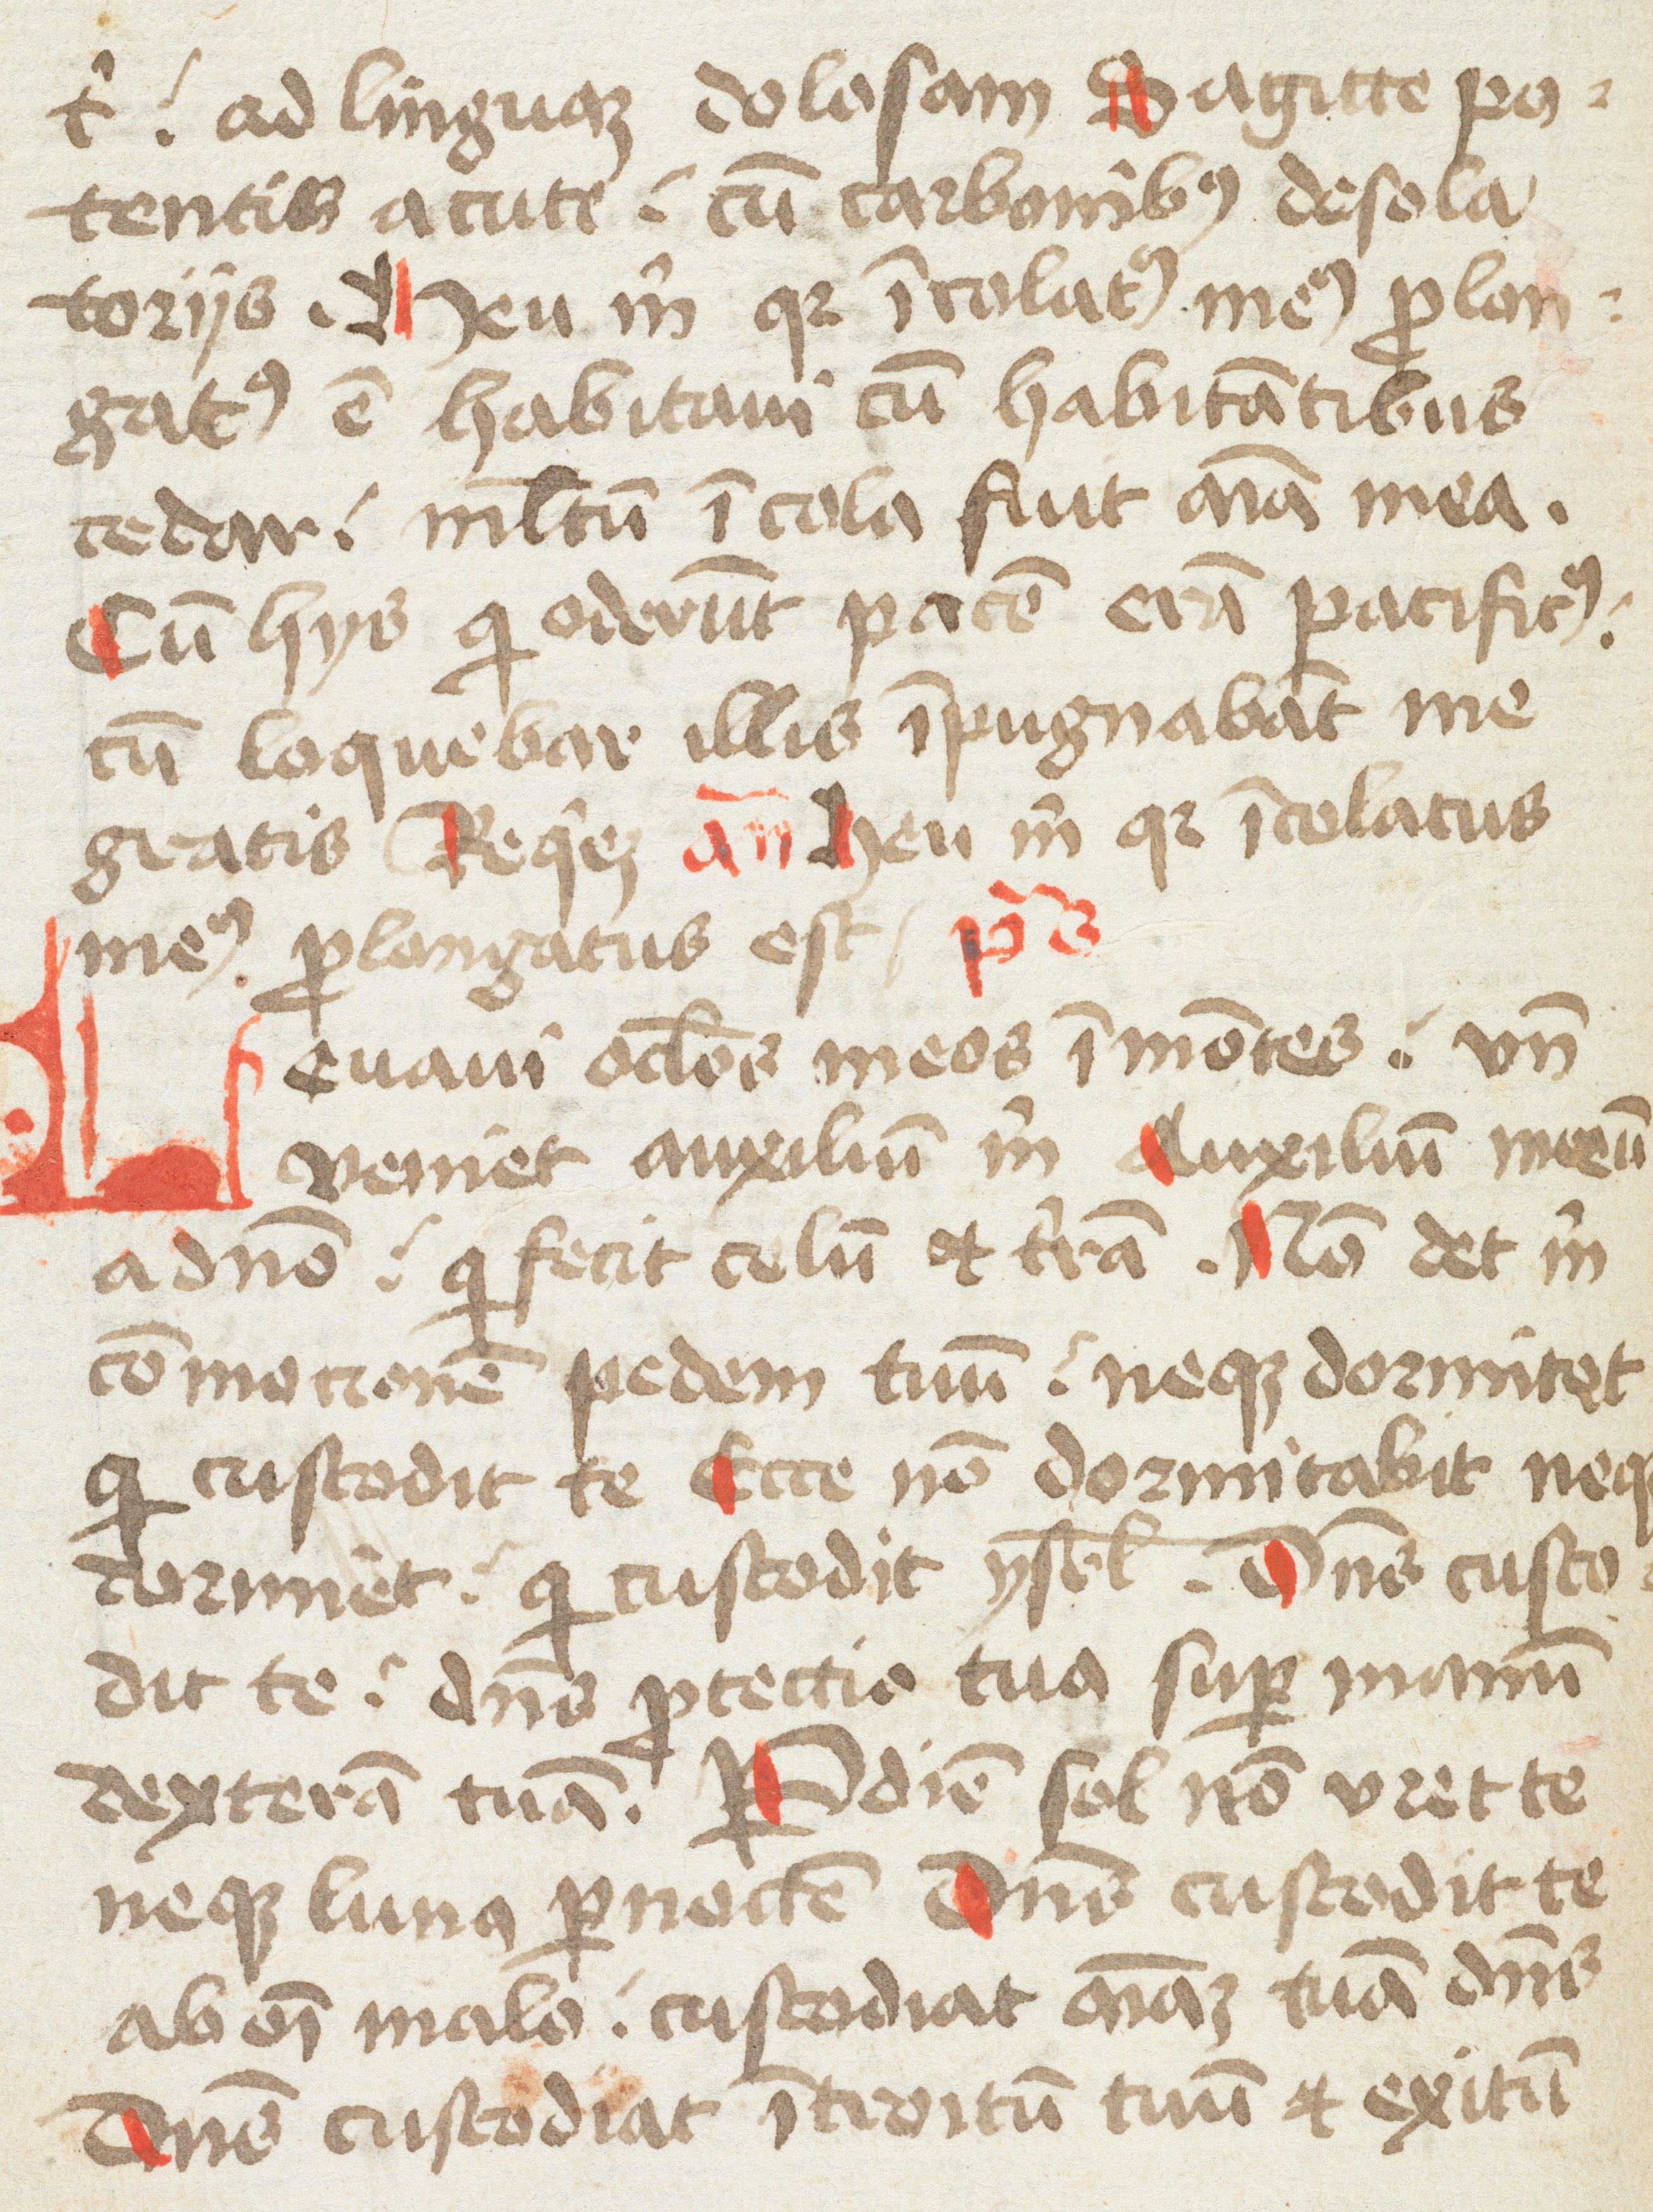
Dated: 1475–1499